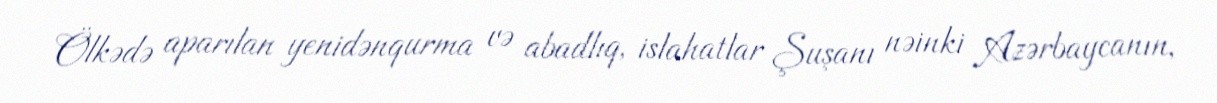
Ölkədə aparılan yenidənqurma və abadlıq, islahatlar Şuşanı nəinki Azərbaycanın,